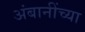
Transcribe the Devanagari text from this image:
अंबानींच्या